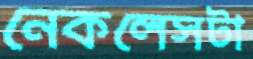
নেকলেসটা